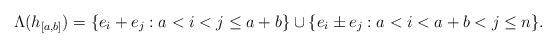
\begin{align*}\Lambda(h_{[a,b]}) = \{e_{i} + e_j: a < i < j \leq a+b\}\cup \{e_i \pm e_j: a < i < a+b < j \leq n\}.\end{align*}